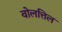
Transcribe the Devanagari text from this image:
वोलत्तिल